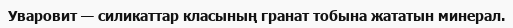
Уваровит — силикаттар класының гранат тобына жататын минерал.